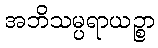
အဘိသမ္ပရာယဉ္စာ